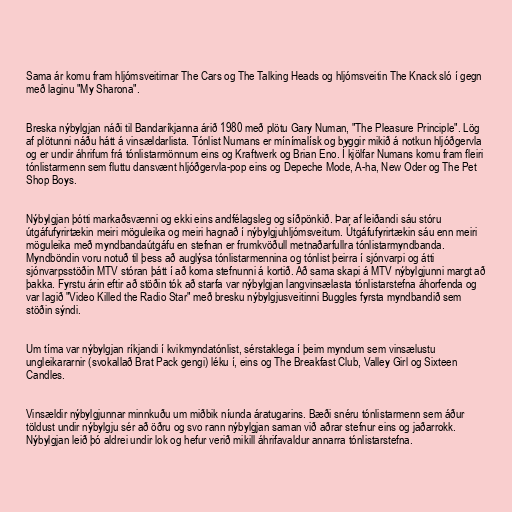
Sama ár komu fram hljómsveitirnar The Cars og The Talking Heads og hljómsveitin The Knack sló í gegn
með laginu "My Sharona".

Breska nýbylgjan náði til Bandaríkjanna árið 1980 með plötu Gary Numan, "The Pleasure Principle". Lög
af plötunni náðu hátt á vinsældarlista. Tónlist Numans er mínímalísk og byggir mikið á notkun hljóðgervla
og er undir áhrifum frá tónlistarmönnum eins og Kraftwerk og Brian Eno. Í kjölfar Numans komu fram fleiri
tónlistarmenn sem fluttu dansvænt hljóðgervla-pop eins og Depeche Mode, A-ha, New Oder og The Pet
Shop Boys.

Nýbylgjan þótti markaðsvænni og ekki eins andfélagsleg og síðpönkið. Þar af leiðandi sáu stóru
útgáfufyrirtækin meiri möguleika og meiri hagnað í nýbylgjuhljómsveitum. Útgáfufyrirtækin sáu enn meiri
möguleika með myndbandaútgáfu en stefnan er frumkvöðull metnaðarfullra tónlistarmyndbanda.
Myndböndin voru notuð til þess að auglýsa tónlistarmennina og tónlist þeirra í sjónvarpi og átti
sjónvarpsstöðin MTV stóran þátt í að koma stefnunni á kortið. Að sama skapi á MTV nýbylgjunni margt að
þakka. Fyrstu árin eftir að stöðin tók að starfa var nýbylgjan langvinsælasta tónlistarstefna áhorfenda og
var lagið "Video Killed the Radio Star" með bresku nýbylgjusveitinni Buggles fyrsta myndbandið sem
stöðin sýndi.

Um tíma var nýbylgjan ríkjandi í kvikmyndatónlist, sérstaklega í þeim myndum sem vinsælustu
ungleikararnir (svokallað Brat Pack gengi) léku í, eins og The Breakfast Club, Valley Girl og Sixteen
Candles.

Vinsældir nýbylgjunnar minnkuðu um miðbik níunda áratugarins. Bæði snéru tónlistarmenn sem áður
töldust undir nýbylgju sér að öðru og svo rann nýbylgjan saman við aðrar stefnur eins og jaðarrokk.
Nýbylgjan leið þó aldrei undir lok og hefur verið mikill áhrifavaldur annarra tónlistarstefna.